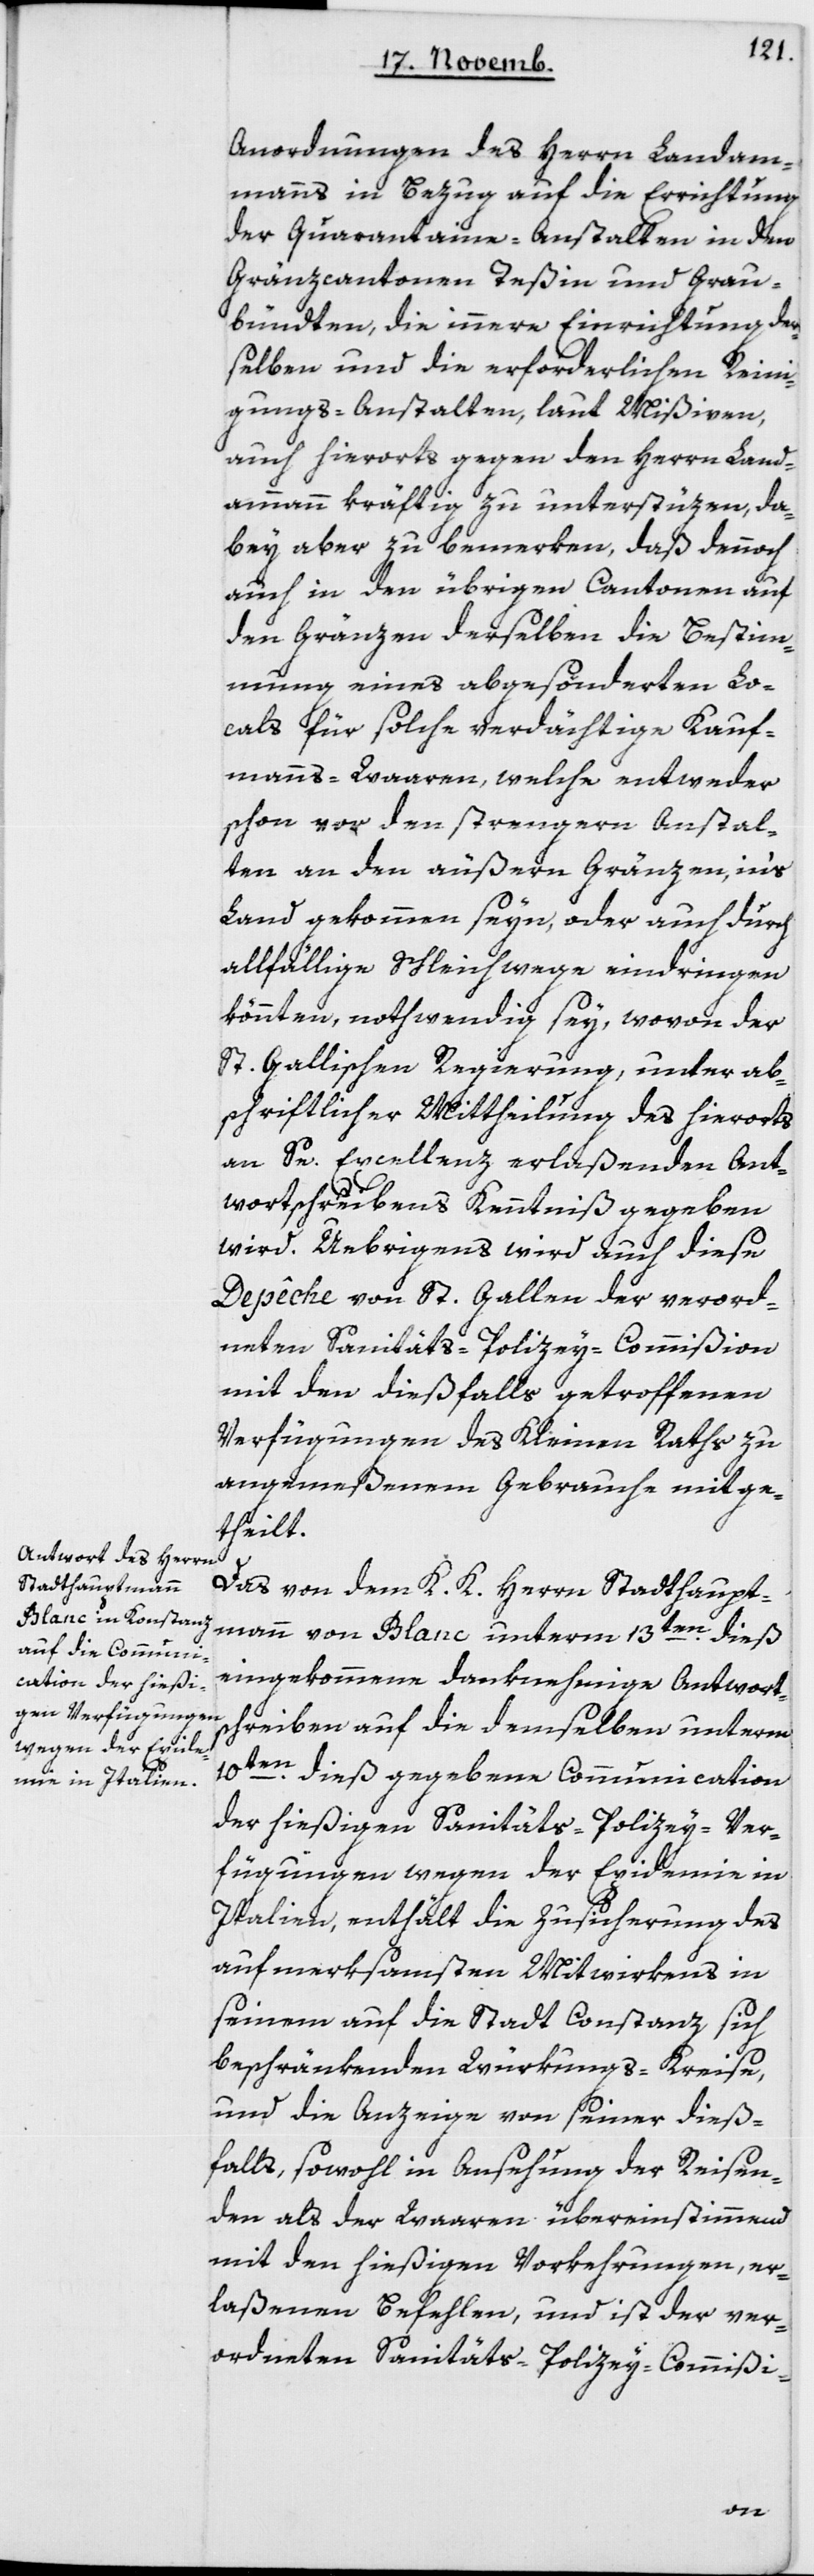
Anordnungen des Herrn Landam¬
manns in Bezug auf die Errichtung
der Quarantaine-Anstalten in den
Gränzcantonen Teßin und Grau¬
bündten, die innere Einrichtung der¬
selben und die erforderlichen Reini¬
gungs-Anstalten, laut Mißiven,
auch hierorts gegen den Herrn Land¬
ammann kräftig zu unterstüzen, da¬
bey aber zu bemerken, daß dennoch
auch in den übrigen Cantonen auf
den Gränzen derselben die Bestim¬
mung eines abgesönderten Lo¬
cals für solche verdächtige Kauf¬
manns-Waaren, welche entweder
schon vor den strengeren Anstal¬
ten an den äußeren Gränzen ins
Land gekommen seyn, oder auch durch
allfällige Schleichwege eindringen
könnten, notwendig sey, wovon der
St. Gallischen Regierung, unter ab¬
schriftlicher Mittheilung des hierorts
an Se Excellenz erlaßenden Ant¬
wortschreibens Kenntniß gegeben
wird. Übrigens wird auch diese
Depêche von St. Gallen der verord¬
neten Sanitäts-Polizey-Commißion
mit den dießfalls getroffenen
Verfügungen des Kleinen Raths zu
angemeßenem Gebrauche mitge¬
theilt.
Das von dem K. K. Herrn Stadthaupt¬
eingekommene danknehmige Antworts¬
chreiben auf die demselben unterm
10ten dieß gegebene Communication
der hießigen Sanitäts-Polizey-Ver¬
fügungen wegen der Epidemie in
Italien, enthält die Zusicherung des
aufmerksamsten Mitwirkens in
seinem auf die Stadt Konstanz sich
beschränkenden Würkungs-Kreise,
und die Anzeige von seiner dieß¬
falls, sowohl in Ansehung der Reisen¬
den als der Waaren übereinstimmend
mit den hießigen Vorkehrungen, er¬
laßenen Befehlen, und ist der ver¬
ordneten Sanitäts-Polizey-Commißi-
dieß